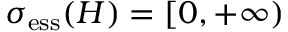
\sigma _ { \mathrm { e s s } } ( H ) = [ 0 , + \infty )